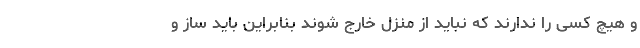
و هیچ کسی را ندارند که نباید از منزل خارج شوند بنابراین باید ساز و